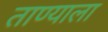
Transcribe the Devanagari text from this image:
ताण्याला